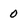
Character: 0